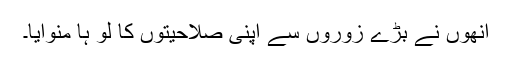
انھوں نے بڑے زوروں سے اپنی صلاحیتوں کا لو ہا منوایا۔